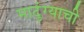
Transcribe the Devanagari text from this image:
माटुंग्याची